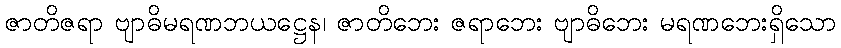
ဇာတိဇရာ ဗျာဓိမရဏဘယဋ္ဌေန၊ ဇာတိဘေး ဇရာဘေး ဗျာဓိဘေး မရဏဘေးရှိသော